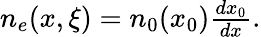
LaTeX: \begin{array}{r}{n_{e}(x,\xi)=n_{0}(x_{0})\frac{dx_{0}}{dx}.}\end{array}